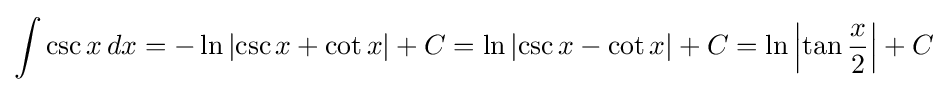
\int \csc x\,dx=-\ln \left|\csc x+\cot x\right|+C=\ln \left|\csc x-\cot x\right|+C=\ln \left|\tan {\frac {x}{2}}\right|+C